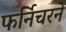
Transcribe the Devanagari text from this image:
फर्निचरने